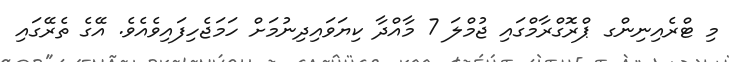
މި ޓްރެއިނިންގ ޕްރޮގްރާމްގައި ޖުމްލަ 7 މާއްދާ ކިޔަވައިދިނުމަށް ހަމަޖެހިފައިވެއެވެ. އޭގެ ތެރޭގައި